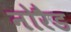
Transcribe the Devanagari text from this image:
नोरैड